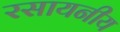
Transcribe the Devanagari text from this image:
रसायनीय